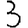
Digit: 3